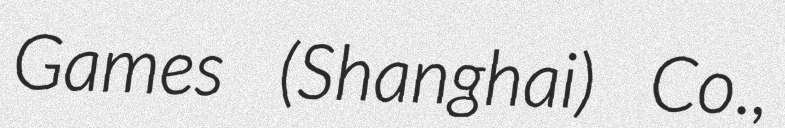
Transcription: Games (Shanghai) Co.,